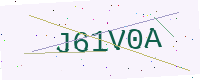
Text: J61V0A